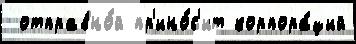
 отправно́й пр'ино́с'ит корпора́ций